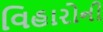
વિહારોની